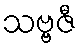
သဗ္ဗဇီ